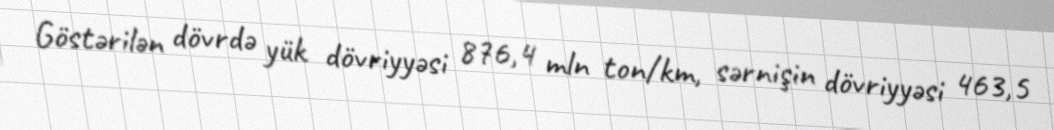
Göstərilən dövrdə yük dövriyyəsi 876,4 mln ton/km, sərnişin dövriyyəsi 463,5